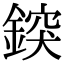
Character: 𨨷